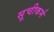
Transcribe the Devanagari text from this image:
सूचीकर्म